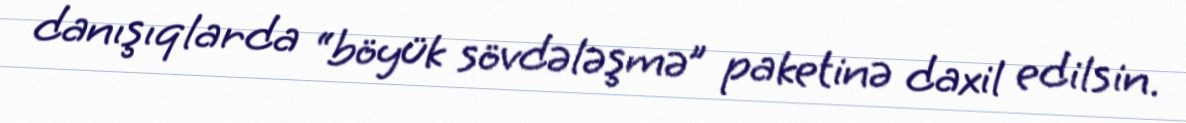
danışıqlarda “böyük sövdələşmə” paketinə daxil edilsin.